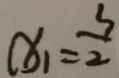
( x _ { 1 } = \frac { 3 } { 2 }